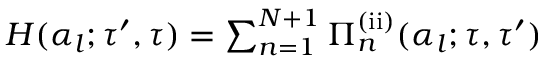
\begin{array} { r } { H ( \alpha _ { l } ; \tau ^ { \prime } , \tau ) = \sum _ { n = 1 } ^ { N + 1 } { \Pi } _ { n } ^ { \mathrm { ( i i ) } } ( \alpha _ { l } ; \tau , \tau ^ { \prime } ) } \end{array}